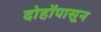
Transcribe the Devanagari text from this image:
दोहोंपासून